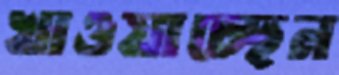
খাওয়াচ্ছেন